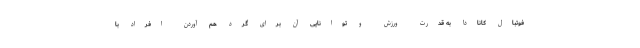
فوتبال کانادا به قدرت ورزش و توانایی آن برای گرد هم آوردن افراد با